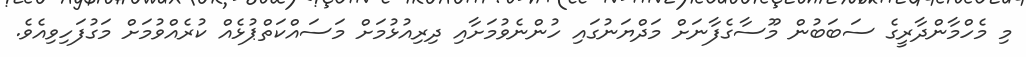
މި މެހްމާންދާރީގެ ސަބަބުން މޫސާގެފާނަށް މަދްޔަނުގައި ހުންނެވުމަށާއި ދިރިއުޅުމަށް މަސައްކަތްޕުޅެއް ކުރެއްވުމަށް މަގުފަހިވިއެވެ.